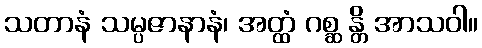
သတာနံ သမ္ပဇာနာနံ၊ အတ္ထံ ဂစ္ဆ န္တိ အာသဝါ။